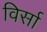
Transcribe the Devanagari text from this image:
विर्सा